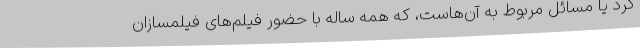
کُرد يا مسائل مربوط به آن‌هاست، که همه ساله با حضور فيلم‌های فيلمسازان